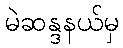
မဲဆန္ဒနယ်မှ